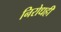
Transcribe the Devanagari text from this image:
निरोधही